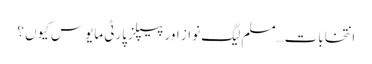
انتخابات…مسلم لیگ نواز اور پیپلز پارٹی مایوس کیوں ؟